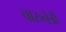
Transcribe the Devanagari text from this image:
चारुनेत्री